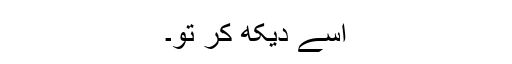
اسے دیکھ کر تو۔